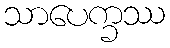
သာပေက္ခဿ